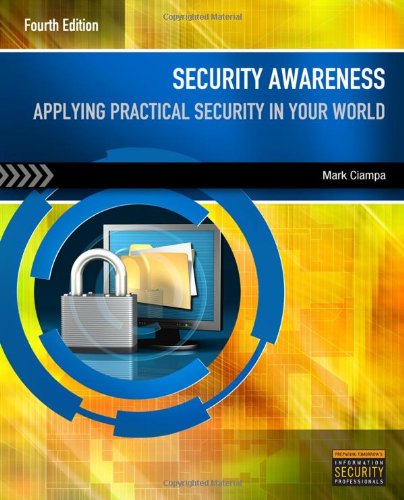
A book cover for Security Awareness: Applying Practical Security in Your World; Mark Ciampa; Computers & Technology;